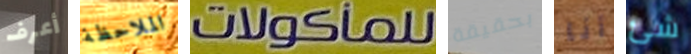
أعرف الملاحظة للمأكولات بحقيقة أنا شئ